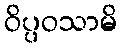
ဝိပ္ပဝသာမိ